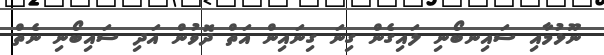
ނޫޅުމާއި ސައިނބޯނި ލައިގެން ގިނަ ގިނައިން އަތް ދޮވުން އަދި ސައިބޯނި ނެތް